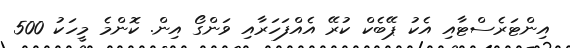
އިންޓަރެސްޓާއި އެކު ޕޭބެކް ކުރޭ އެއްފަހަރާއި ވަންގޯ އިން. ކޮންމެ މީހަކު 500